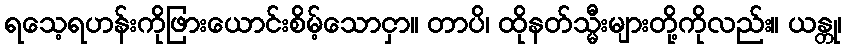
ရသေ့ရဟန်းကိုဖြားယောင်းစိမ့်သောငှာ။ တာပိ၊ ထိုနတ်သ္မီးများတို့ကိုလည်း။ ယန္တု၊